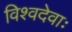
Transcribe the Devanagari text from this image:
विश्वदेवाः